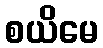
စယိမေ